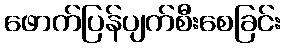
ဖောက်ပြန်ပျက်စီးစေခြင်း